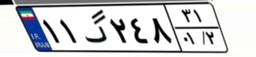
۱۱گ۲۴۸۳۱